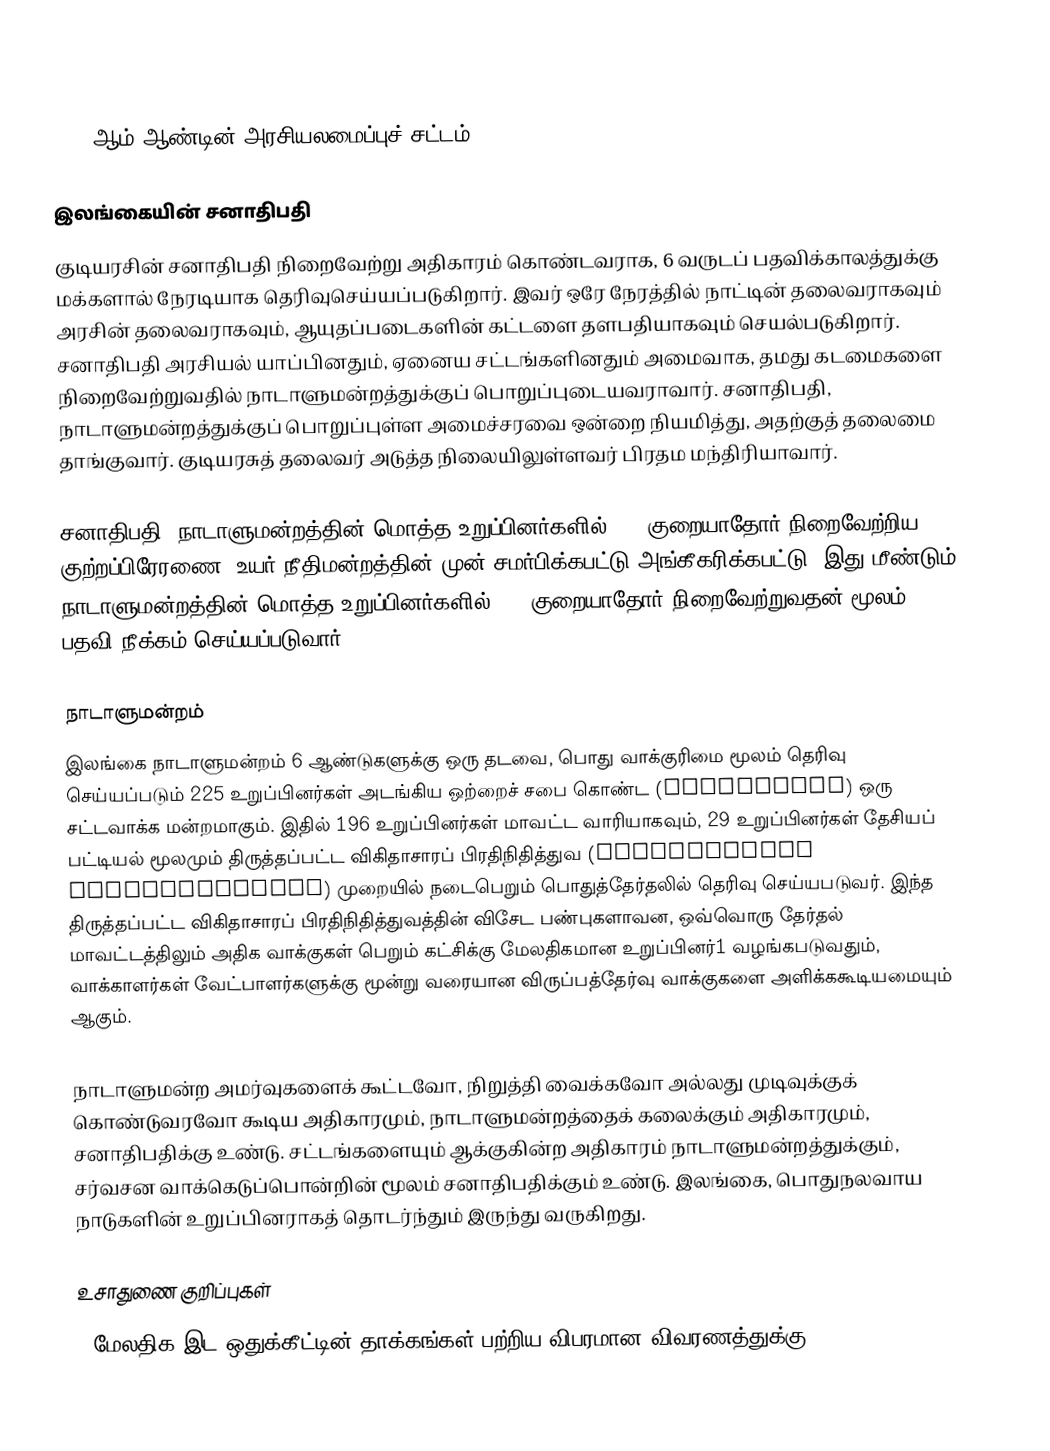

1978 ஆம் ஆண்டின் அரசியலமைப்புச் சட்டம்

இலங்கையின் சனாதிபதி
குடியரசின் சனாதிபதி நிறைவேற்று அதிகாரம் கொண்டவராக, 6 வருடப் பதவிக்காலத்துக்கு மக்களால் நேரடியாக தெரிவுசெய்யப்படுகிறார். இவர் ஒரே நேரத்தில் நாட்டின் தலைவராகவும் அரசின் தலைவராகவும், ஆயுதப்படைகளின் கட்டளை தளபதியாகவும் செயல்படுகிறார். சனாதிபதி அரசியல் யாப்பினதும், ஏனைய சட்டங்களினதும் அமைவாக, தமது கடமைகளை நிறைவேற்றுவதில் நாடாளுமன்றத்துக்குப் பொறுப்புடையவராவார். சனாதிபதி, நாடாளுமன்றத்துக்குப் பொறுப்புள்ள அமைச்சரவை ஒன்றை நியமித்து, அதற்குத் தலைமை தாங்குவார். குடியரசுத் தலைவர் அடுத்த நிலையிலுள்ளவர்  பிரதம மந்திரியாவார்.

சனாதிபதி, நாடாளுமன்றத்தின் மொத்த உறுப்பினர்களில் 2/3 குறையாதோர் நிறைவேற்றிய குற்றப்பிரேரணை, உயர் நீதிமன்றத்தின் முன் சமர்பிக்கபட்டு அங்கீகரிக்கபட்டு, இது மீண்டும் நாடாளுமன்றத்தின் மொத்த உறுப்பினர்களில் 2/3 குறையாதோர் நிறைவேற்றுவதன் மூலம் பதவி நீக்கம் செய்யப்படுவார்.

நாடாளுமன்றம்
இலங்கை நாடாளுமன்றம் 6 ஆண்டுகளுக்கு ஒரு தடவை, பொது வாக்குரிமை மூலம் தெரிவு செய்யப்படும் 225 உறுப்பினர்கள் அடங்கிய ஒற்றைச் சபை கொண்ட (unicameral) ஒரு சட்டவாக்க மன்றமாகும். இதில் 196 உறுப்பினர்கள் மாவட்ட வாரியாகவும், 29 உறுப்பினர்கள் தேசியப் பட்டியல் மூலமும் திருத்தப்பட்ட விகிதாசாரப் பிரதிநிதித்துவ (proportional representation) முறையில் நடைபெறும் பொதுத்தேர்தலில் தெரிவு செய்யபடுவர். இந்த திருத்தப்பட்ட விகிதாசாரப் பிரதிநிதித்துவத்தின் விசேட பண்புகளாவன, ஒவ்வொரு தேர்தல் மாவட்டத்திலும் அதிக வாக்குகள் பெறும் கட்சிக்கு மேலதிகமான உறுப்பினர்1 வழங்கபடுவதும், வாக்காளர்கள் வேட்பாளர்களுக்கு மூன்று வரையான விருப்பத்தேர்வு வாக்குகளை அளிக்ககூடியமையும் ஆகும்.

நாடாளுமன்ற அமர்வுகளைக் கூட்டவோ, நிறுத்தி வைக்கவோ அல்லது முடிவுக்குக் கொண்டுவரவோ கூடிய அதிகாரமும், நாடாளுமன்றத்தைக் கலைக்கும் அதிகாரமும், சனாதிபதிக்கு உண்டு. சட்டங்களையும் ஆக்குகின்ற அதிகாரம் நாடாளுமன்றத்துக்கும், சர்வசன வாக்கெடுப்பொன்றின் மூலம் சனாதிபதிக்கும் உண்டு. இலங்கை, பொதுநலவாய நாடுகளின் உறுப்பினராகத் தொடர்ந்தும் இருந்து வருகிறது.

உசாதுணை குறிப்புகள்
 1.மேலதிக இட ஒதுக்கீட்டின் தாக்கங்கள் பற்றிய விபரமான விவரணத்துக்கு, "Explaining the Two-Party System in Sri Lanka's National Asse